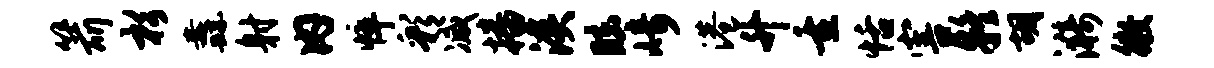
箭杉纛射内悴彩减播溪眩崎港升重恬害疑胡漪徵